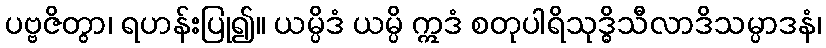
ပဗ္ဗဇိတွာ၊ ရဟန်းပြု၍။ ယမ္ပိဒံ ယမ္ပိ ဣဒံ စတုပါရိသုဒ္ဓိသီလာဒိသမ္ပာဒနံ၊